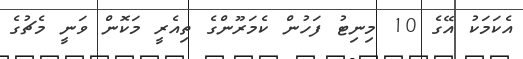
އެކަމަކު އޭގެ 10 މިނިޓު ފަހުން ކެމަރޫންގެ ތިއެރީ މަކޮން ވަނީ މެޗުގެ